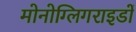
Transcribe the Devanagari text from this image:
मोनोग्लिगराइडों